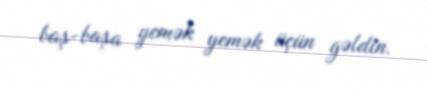
baş-başa yemək yemək üçün gəldin.